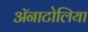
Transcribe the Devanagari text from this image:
ॲनाटोलिया